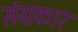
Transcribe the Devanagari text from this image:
संग्रकार